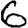
Digit: 6